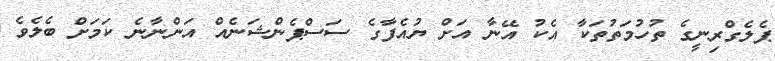
ޕެލެގްރިނީގެ ތުހުމަތުތަކާ އެކު އޭނާ އަށް ޔުއެފާގެ ސަސްޕެންޝަނެއް އަންނާނެ ކަމަށް ބެލެވެ